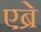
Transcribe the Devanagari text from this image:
एब्रे